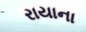
રાયાના